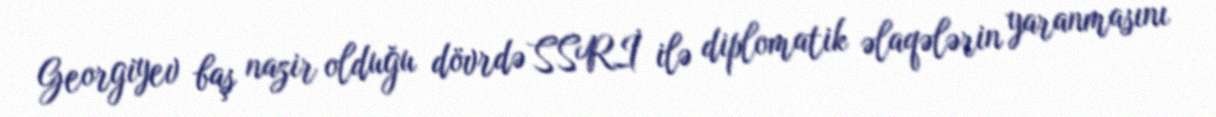
Georgiyev baş nazir olduğu dövrdə SSRİ ilə diplomatik əlaqələrin yaranmasını